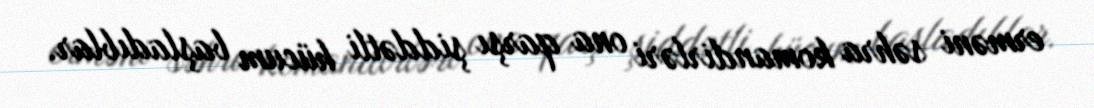
erməni səhra komandirləri ona qarşı şiddətli hücum başladıblar.